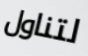
لتناول